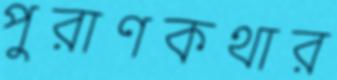
পুরাণকথার